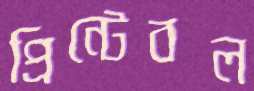
প্রিন্টেবল